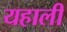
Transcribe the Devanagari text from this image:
यहाली